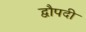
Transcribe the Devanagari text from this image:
द्वौपदी